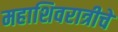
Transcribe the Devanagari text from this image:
महाशिवरात्रीचे